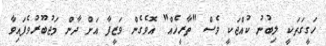
ހަގީގަތަކީ ލިބުނު ކުއްޖަކީ ވެސް "ތާރީޚެއް" އޮވެގެން ވަޒީފާ އަށް ދާން މަޖުބޫރުވެފައިވާ